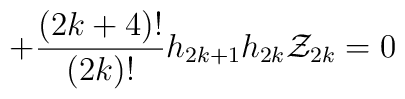
+ \frac{(2k+4)!}{(2k)!}h_{2k+1}h_{2k}{\cal Z}_{2k} = 0